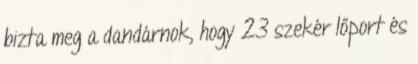
bizta meg a dandárnok, hogy 23 szekér lőport és